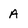
Character: A